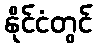
နိုင်ငံတွင်